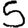
Digit: 5